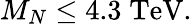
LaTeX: M_{N}\leq 4.3\; \mathrm{TeV}.